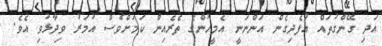
އަދި ގޭންގުތައް އުފެދިގެން އަންނަނީ އެމީހުންގެ ތެރެއިން ކަމަށްވެސް އުމަރު ވިދާޅުވި އެވެ.